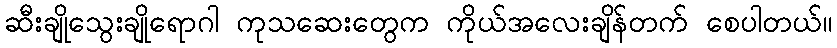
ဆီးချိုသွေးချိုရောဂါ ကုသဆေးတွေက ကိုယ်အလေးချိန်တက် စေပါတယ်။